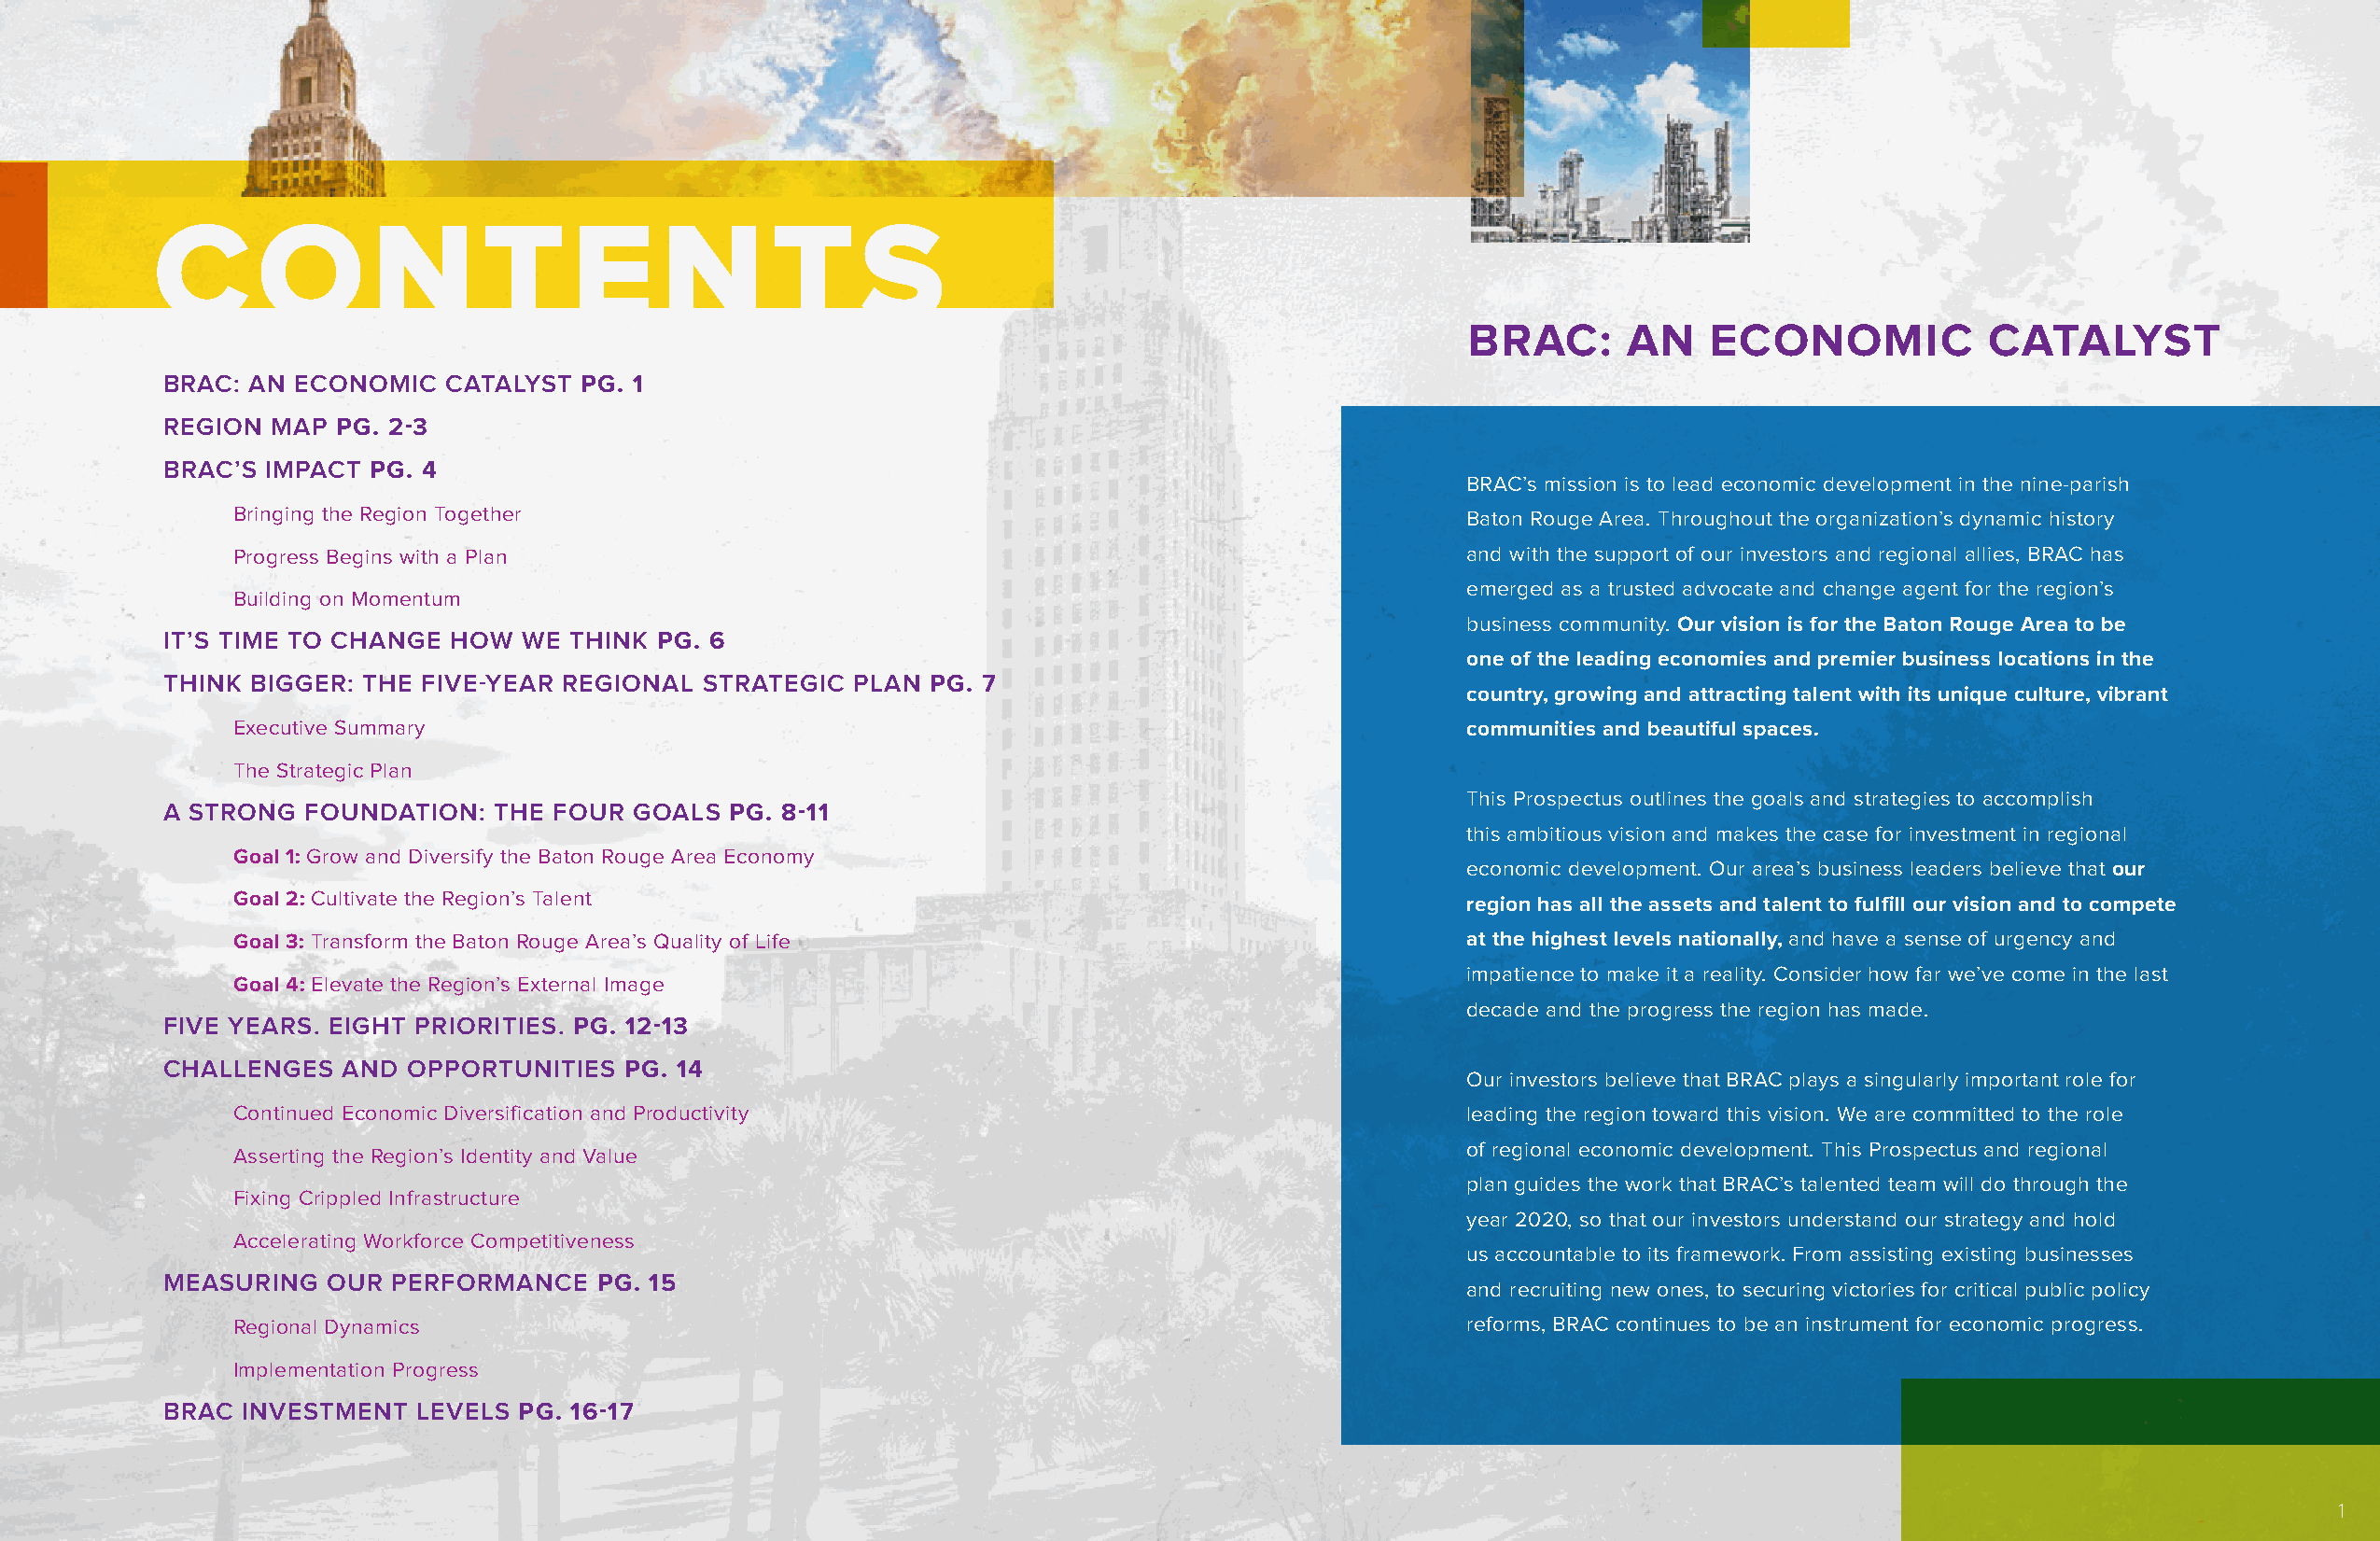
C      O       N       T      E     N       T     S
 BRAC:      AN    ECONOMIC            CATALYST
 BRAC: AN ECONOMIC   CATALYST PG. 1
 REGION MAP  PG. 2-3
 BRAC’S IMPACT PG. 4
 BRAC’s mission is to lead economic development in the nine-parish
 Bringing the Region Together                                                           Baton Rouge Area. Throughout the organization’s dynamic history
 Progress Begins with a Plan                                                            and with the support of our investors and regional allies, BRAC has
 emerged as a trusted advocate and change agent for the region’s
 Building on Momentum
 business community. Our vision is for the Baton Rouge Area to be
 IT’S TIME TO CHANGE HOW  WE THINK  PG. 6
 one of the leading economies and premier business locations in the
 THINK BIGGER: THE FIVE-YEAR REGIONAL  STRATEGIC  PLAN PG. 7
 country, growing and attracting talent with its unique culture, vibrant
 Executive Summary                                                                      communities and beautiful spaces.
 The Strategic Plan
 This Prospectus outlines the goals and strategies to accomplish
 A STRONG  FOUNDATION:  THE FOUR  GOALS  PG. 8-11
 this ambitious vision and makes the case for investment in regional
 Goal 1: Grow and Diversify the Baton Rouge Area Economy
 economic development. Our area’s business leaders believe that our
 Goal 2: Cultivate the Region’s Talent                                                  region has all the assets and talent to fulfill our vision and to compete
 Goal 3: Transform the Baton Rouge Area’s Quality of Life                               at the highest levels nationally, and have a sense of urgency and
 impatience to make it a reality. Consider how far we’ve come in the last
 Goal 4: Elevate the Region’s External Image
 decade and the progress the region has made.
 FIVE YEARS. EIGHT PRIORITIES. PG. 12-13
 CHALLENGES  AND  OPPORTUNITIES  PG. 14
 Our investors believe that BRAC plays a singularly important role for
 Continued Economic Diversification and Productivity                                    leading the region toward this vision. We are committed to the role
 of regional economic development. This Prospectus and regional
 Asserting the Region’s Identity and Value
 plan guides the work that BRAC’s talented team will do through the
 Fixing Crippled Infrastructure
 year 2020, so that our investors understand our strategy and hold
 Accelerating Workforce Competitiveness
 us accountable to its framework. From assisting existing businesses
 MEASURING  OUR  PERFORMANCE   PG. 15
 and recruiting new ones, to securing victories for critical public policy
 Regional Dynamics                                                                      reforms, BRAC continues to be an instrument for economic progress.
 Implementation Progress
 BRAC INVESTMENT   LEVELS PG. 16-17
 1